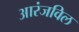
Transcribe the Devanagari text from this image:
आरंजविल